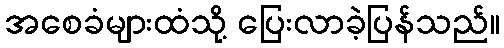
အစေခံများထံသို့ ပြေးလာခဲ့ပြန်သည်။